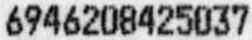
6946208425037